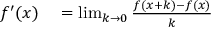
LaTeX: \begin{array} { r l } { f ^ { \prime } ( x ) } & { { } = \operatorname* { l i m } _ { k \to 0 } { \frac { f ( x + k ) - f ( x ) } { k } } } \end{array}